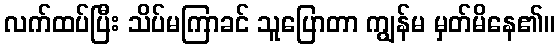
လက်ထပ်ပြီး သိပ်မကြာခင် သူပြောတာ ကျွန်မ မှတ်မိနေ၏။